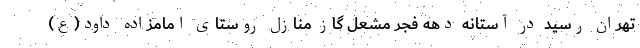
تهران رسید در آستانه دهه فجر مشعل گاز منازل روستای امامزاده داود(ع)